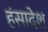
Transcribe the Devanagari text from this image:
हंसादेश